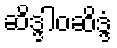
ဆိဒ္ဒါဝဆိဒ္ဒံ